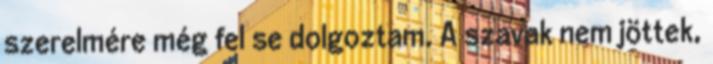
szerelmére még fel se dolgoztam. A szavak nem jöttek,